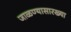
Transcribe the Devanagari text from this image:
जाळण्यासारख्या